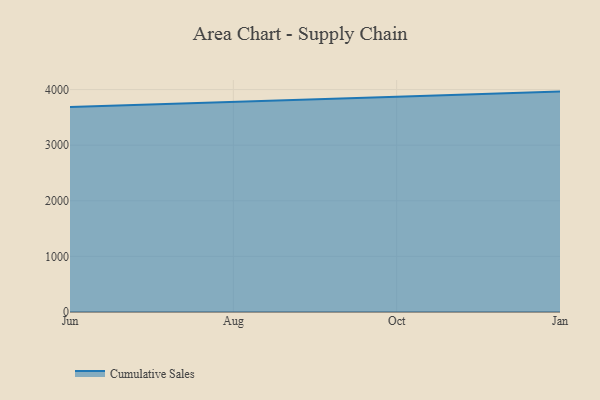
{"axis": {"x": "Month", "y": "Inventory Turnover"}, "legend": ["Cumulative Sales"], "data": [{"x": "Jun", "y": 3684.3, "type": "Cumulative Sales"}, {"x": "Aug", "y": 3783.2, "type": "Cumulative Sales"}, {"x": "Oct", "y": 3871.2, "type": "Cumulative Sales"}, {"x": "Jan", "y": 3963.4, "type": "Cumulative Sales"}]}